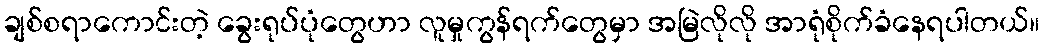
ချစ်စရာကောင်းတဲ့ ခွေးရုပ်ပုံတွေဟာ လူမှုကွန်ရက်တွေမှာ အမြဲလိုလို အာရုံစိုက်ခံနေရပါတယ်။